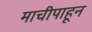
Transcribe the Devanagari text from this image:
माचीपाहून